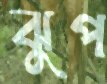
ঝুপ